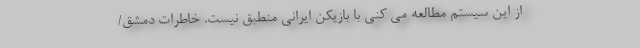
از این سیستم مطالعه می کنی با بازیکن ایرانی منطبق نیست. خاطرات دمشق/